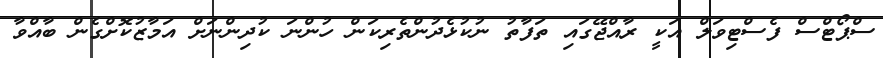
ސްޕޯޓްސް ފެސްޓިވަލް އަކީ ރާއްޖޭގައި ތަފާތު ނުކުޅެދުންތެރިކަން ހުންނަ ކުދިންނަށް އަމާޒުކޮށްގެން ބާއްވާ